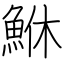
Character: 鮴